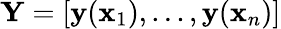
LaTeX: \mathbf Y=[\mathbf y(\mathbf x_{1}),...,\mathbf y(\mathbf x_{n})]